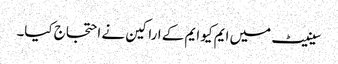
سینیٹ میں ایم کیو ایم کے اراکین نے احتجاج کیا۔